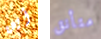
أين متأنق